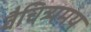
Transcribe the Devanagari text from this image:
वैचित्र्यमय